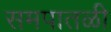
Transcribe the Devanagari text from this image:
समपातळी